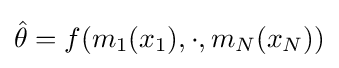
{\hat {\theta }}=f(m_{1}(x_{1}),\cdot ,m_{N}(x_{N}))